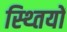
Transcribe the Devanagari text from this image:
स्थ्तियों